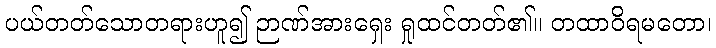
ပယ်တတ်သောတရားဟူ၍ ဉာဏ်အားရှေး ရှုထင်တတ်၏။ တထာဝိရမတော၊